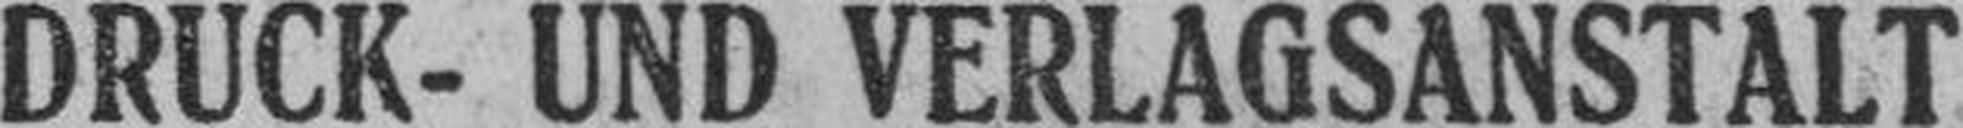
DRUCK- UND VERLAGSANSTALT